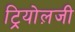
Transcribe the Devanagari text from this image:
ट्रियोल़जी